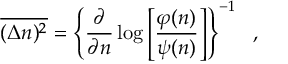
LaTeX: \overline { { { ( \Delta n ) ^ { 2 } } } } = \left\{ \frac { \partial } { \partial n } \log \left[ \frac { \varphi ( n ) } { \psi ( n ) } \right] \right\} ^ { - 1 } \ \ ,